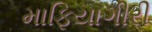
માફિયાગીરી